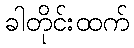
ခါတိုင်းထက်